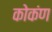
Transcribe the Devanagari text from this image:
कोकंण